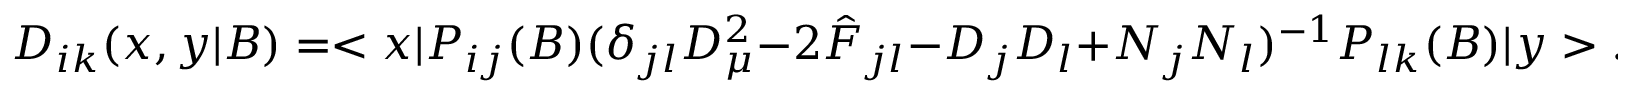
D _ { i k } ( x , y | B ) = < x | P _ { i j } ( B ) ( \delta _ { j l } D _ { \mu } ^ { 2 } - 2 \hat { F } _ { j l } - D _ { j } D _ { l } + N _ { j } N _ { l } ) ^ { - 1 } P _ { l k } ( B ) | y > .